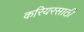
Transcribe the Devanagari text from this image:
करियरसाठी